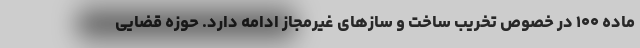
ماده ۱۰۰ در خصوص تخریب ساخت و ساز‌های غیرمجاز ادامه دارد. حوزه قضایی